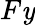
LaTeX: F\mathit{y}